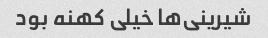
شیرینی‌ها خیلی کهنه بود